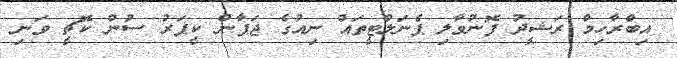
އިބްރާހިމް ރަޝީދު ފޮނުވާލި ޕެނަލްޓީތައް ނިއުގެ ޖަޕާން ކީޕަރު ސުން ކޮޗީ ވަނި